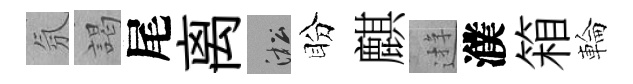
氛謁尾离淞盼麒逰濮箱輪